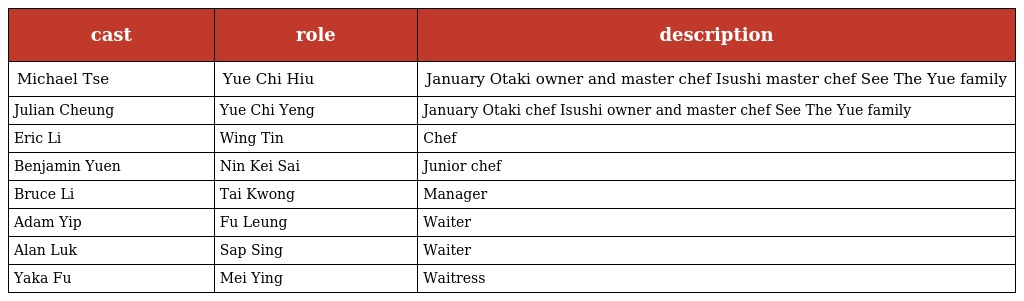
| cast | role | description |
 | --- | --- | --- |
 | Michael Tse | Yue Chi Hiu 魚至囂 | January Otaki owner and master chef Isushi master chef See The Yue family |
 | Julian Cheung | Yue Chi Yeng 魚至贏 | January Otaki chef Isushi owner and master chef See The Yue family |
 | Eric Li | Wing Tin 榮田 | Chef |
 | Benjamin Yuen | Nin Kei Sai 年紀細 | Junior chef |
 | Bruce Li | Tai Kwong 戴廣 | Manager |
 | Adam Yip | Fu Leung 富良 | Waiter |
 | Alan Luk | Sap Sing 十勝 | Waiter |
 | Yaka Fu | Mei Ying 美瑛 | Waitress |